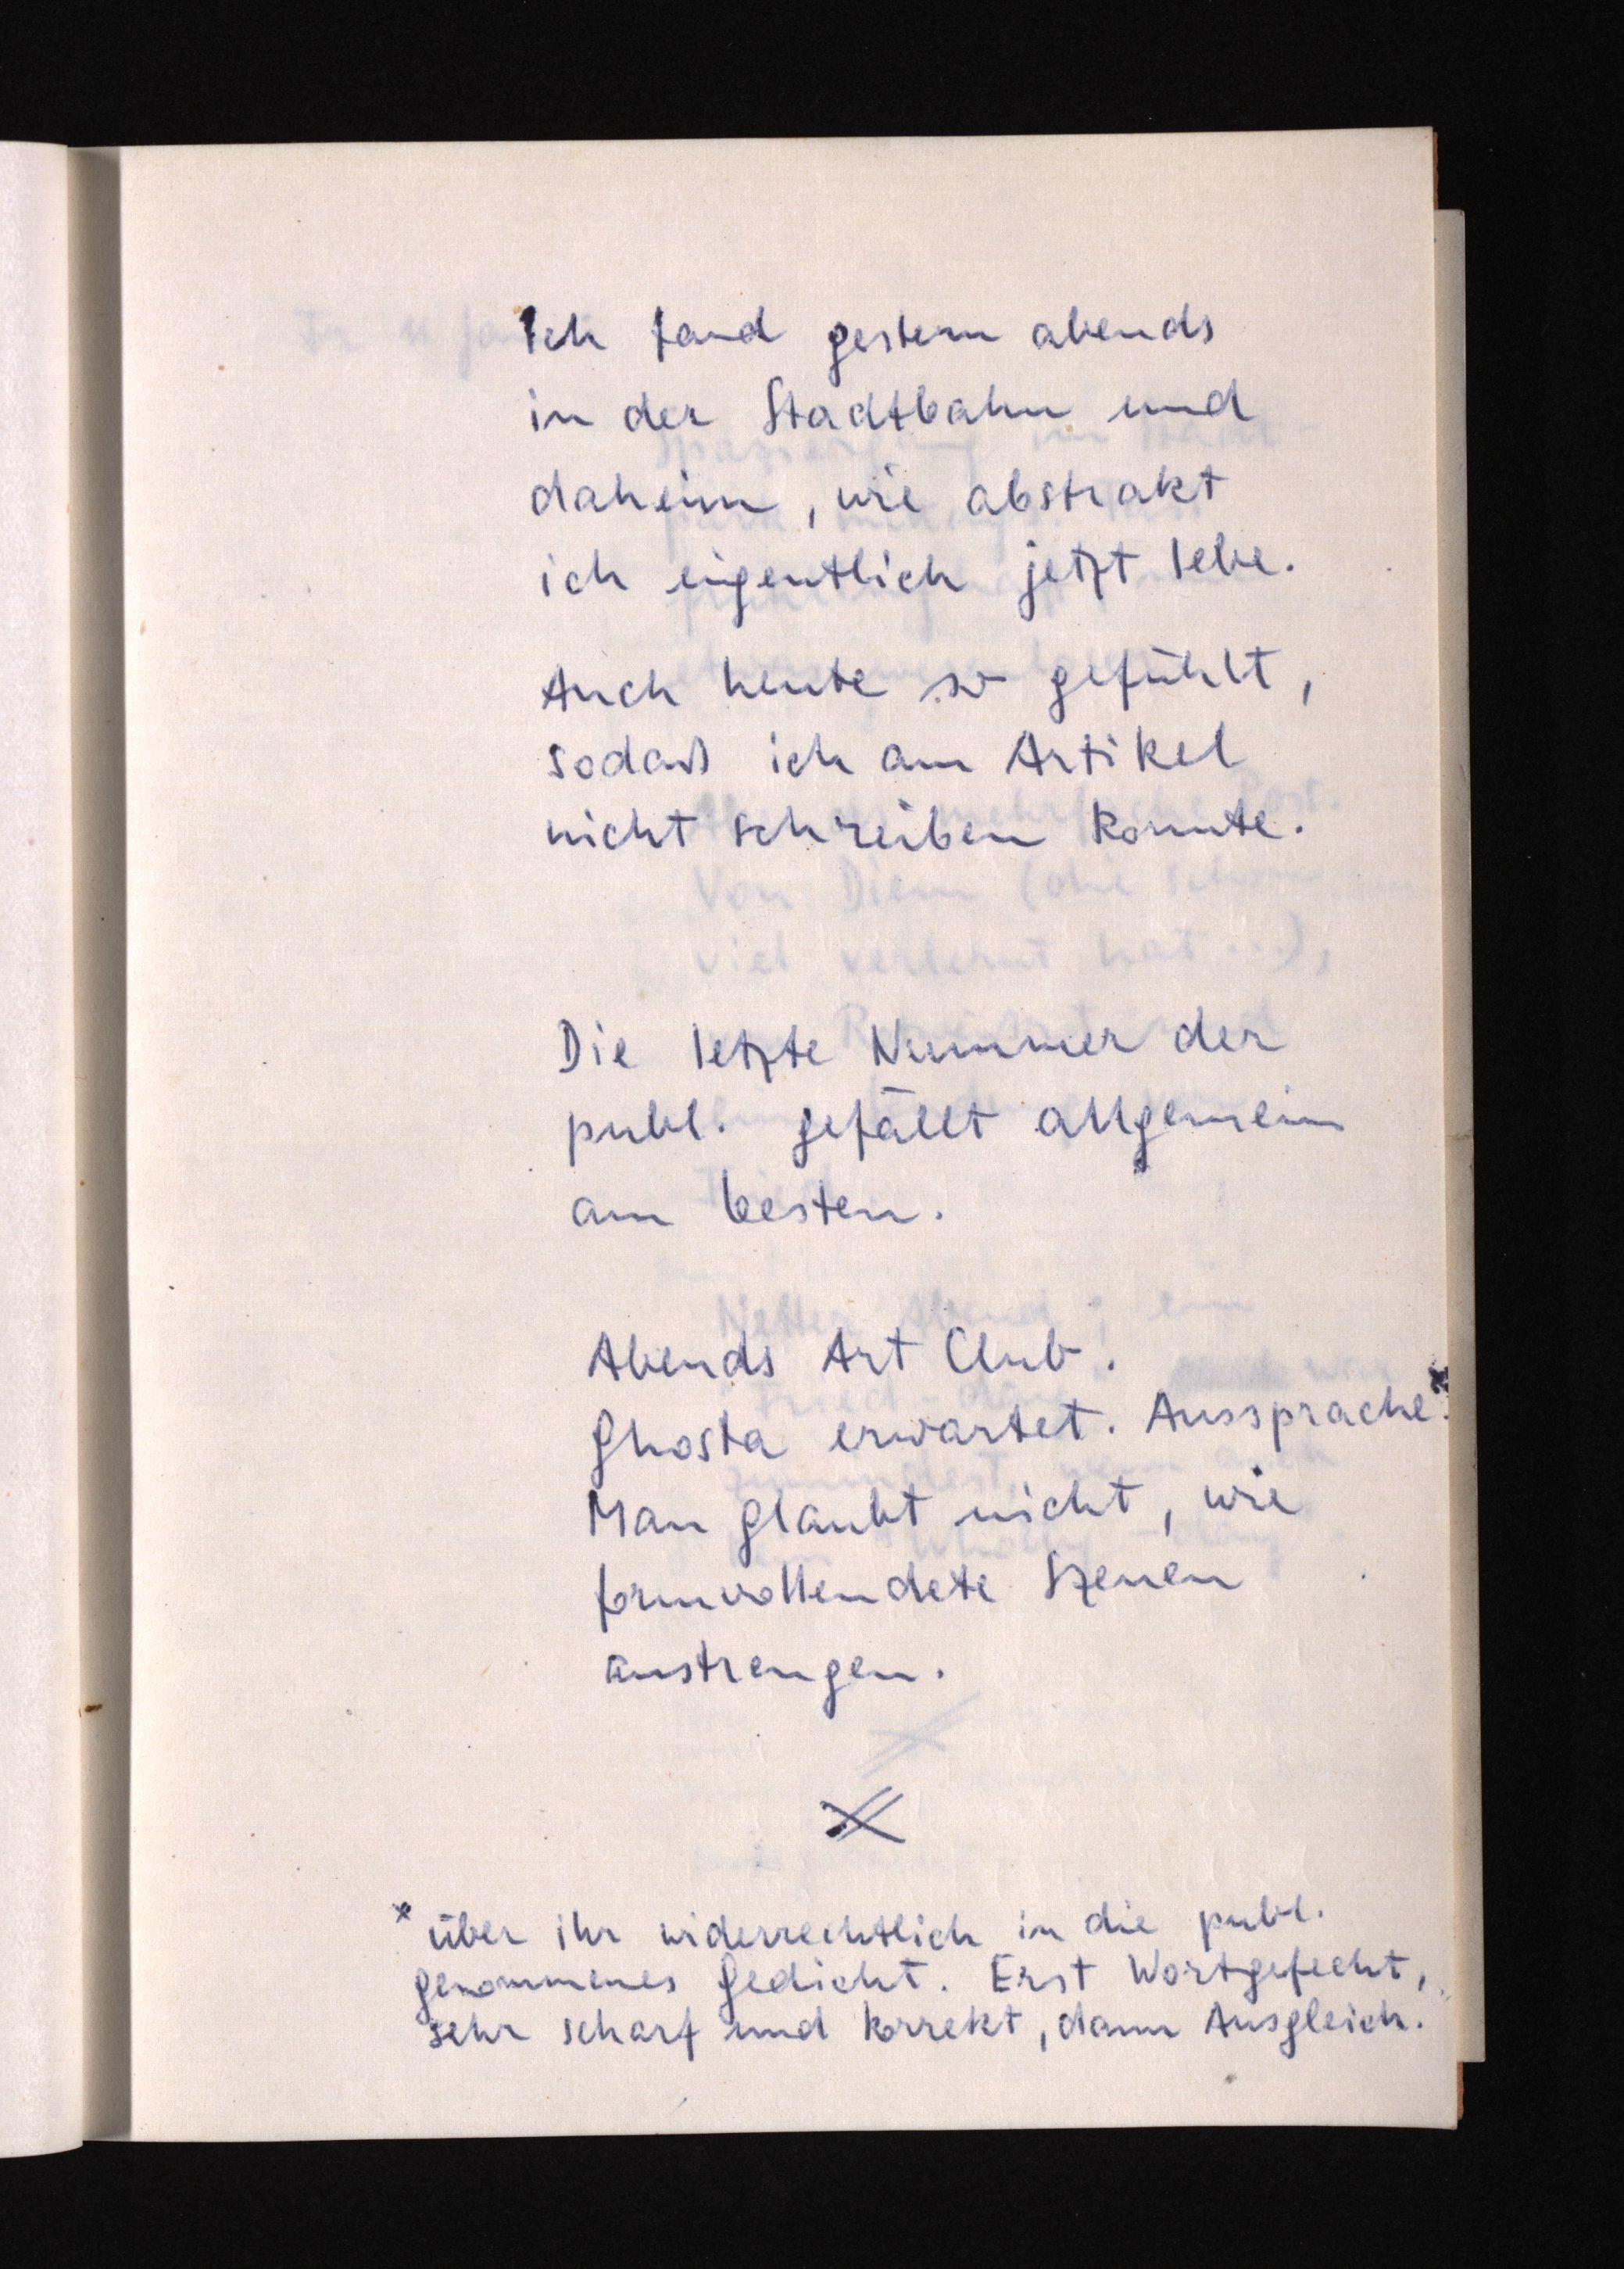
Ich fand gestern abends
in der Stadtbahn und
daheim, wie abstrakt
ich eigentlich jetzt lebe.
Auch heute so gefühlt,
sodaß ich am Artikel
nicht schreiben konnte.
Die letzte Nummer der
publ. gefällt allgemein
am besten.
Abends Art Club.
Ghosta erwartet. Aussprache.x
Man glaubt nicht, wie
formvollendete Szenen
anstrengen.
x über ihr widerrechtlich in die publ.
genommenes Gedicht. Erst Wortgefecht,
sehr scharf und korrekt, dann Ausgleich.